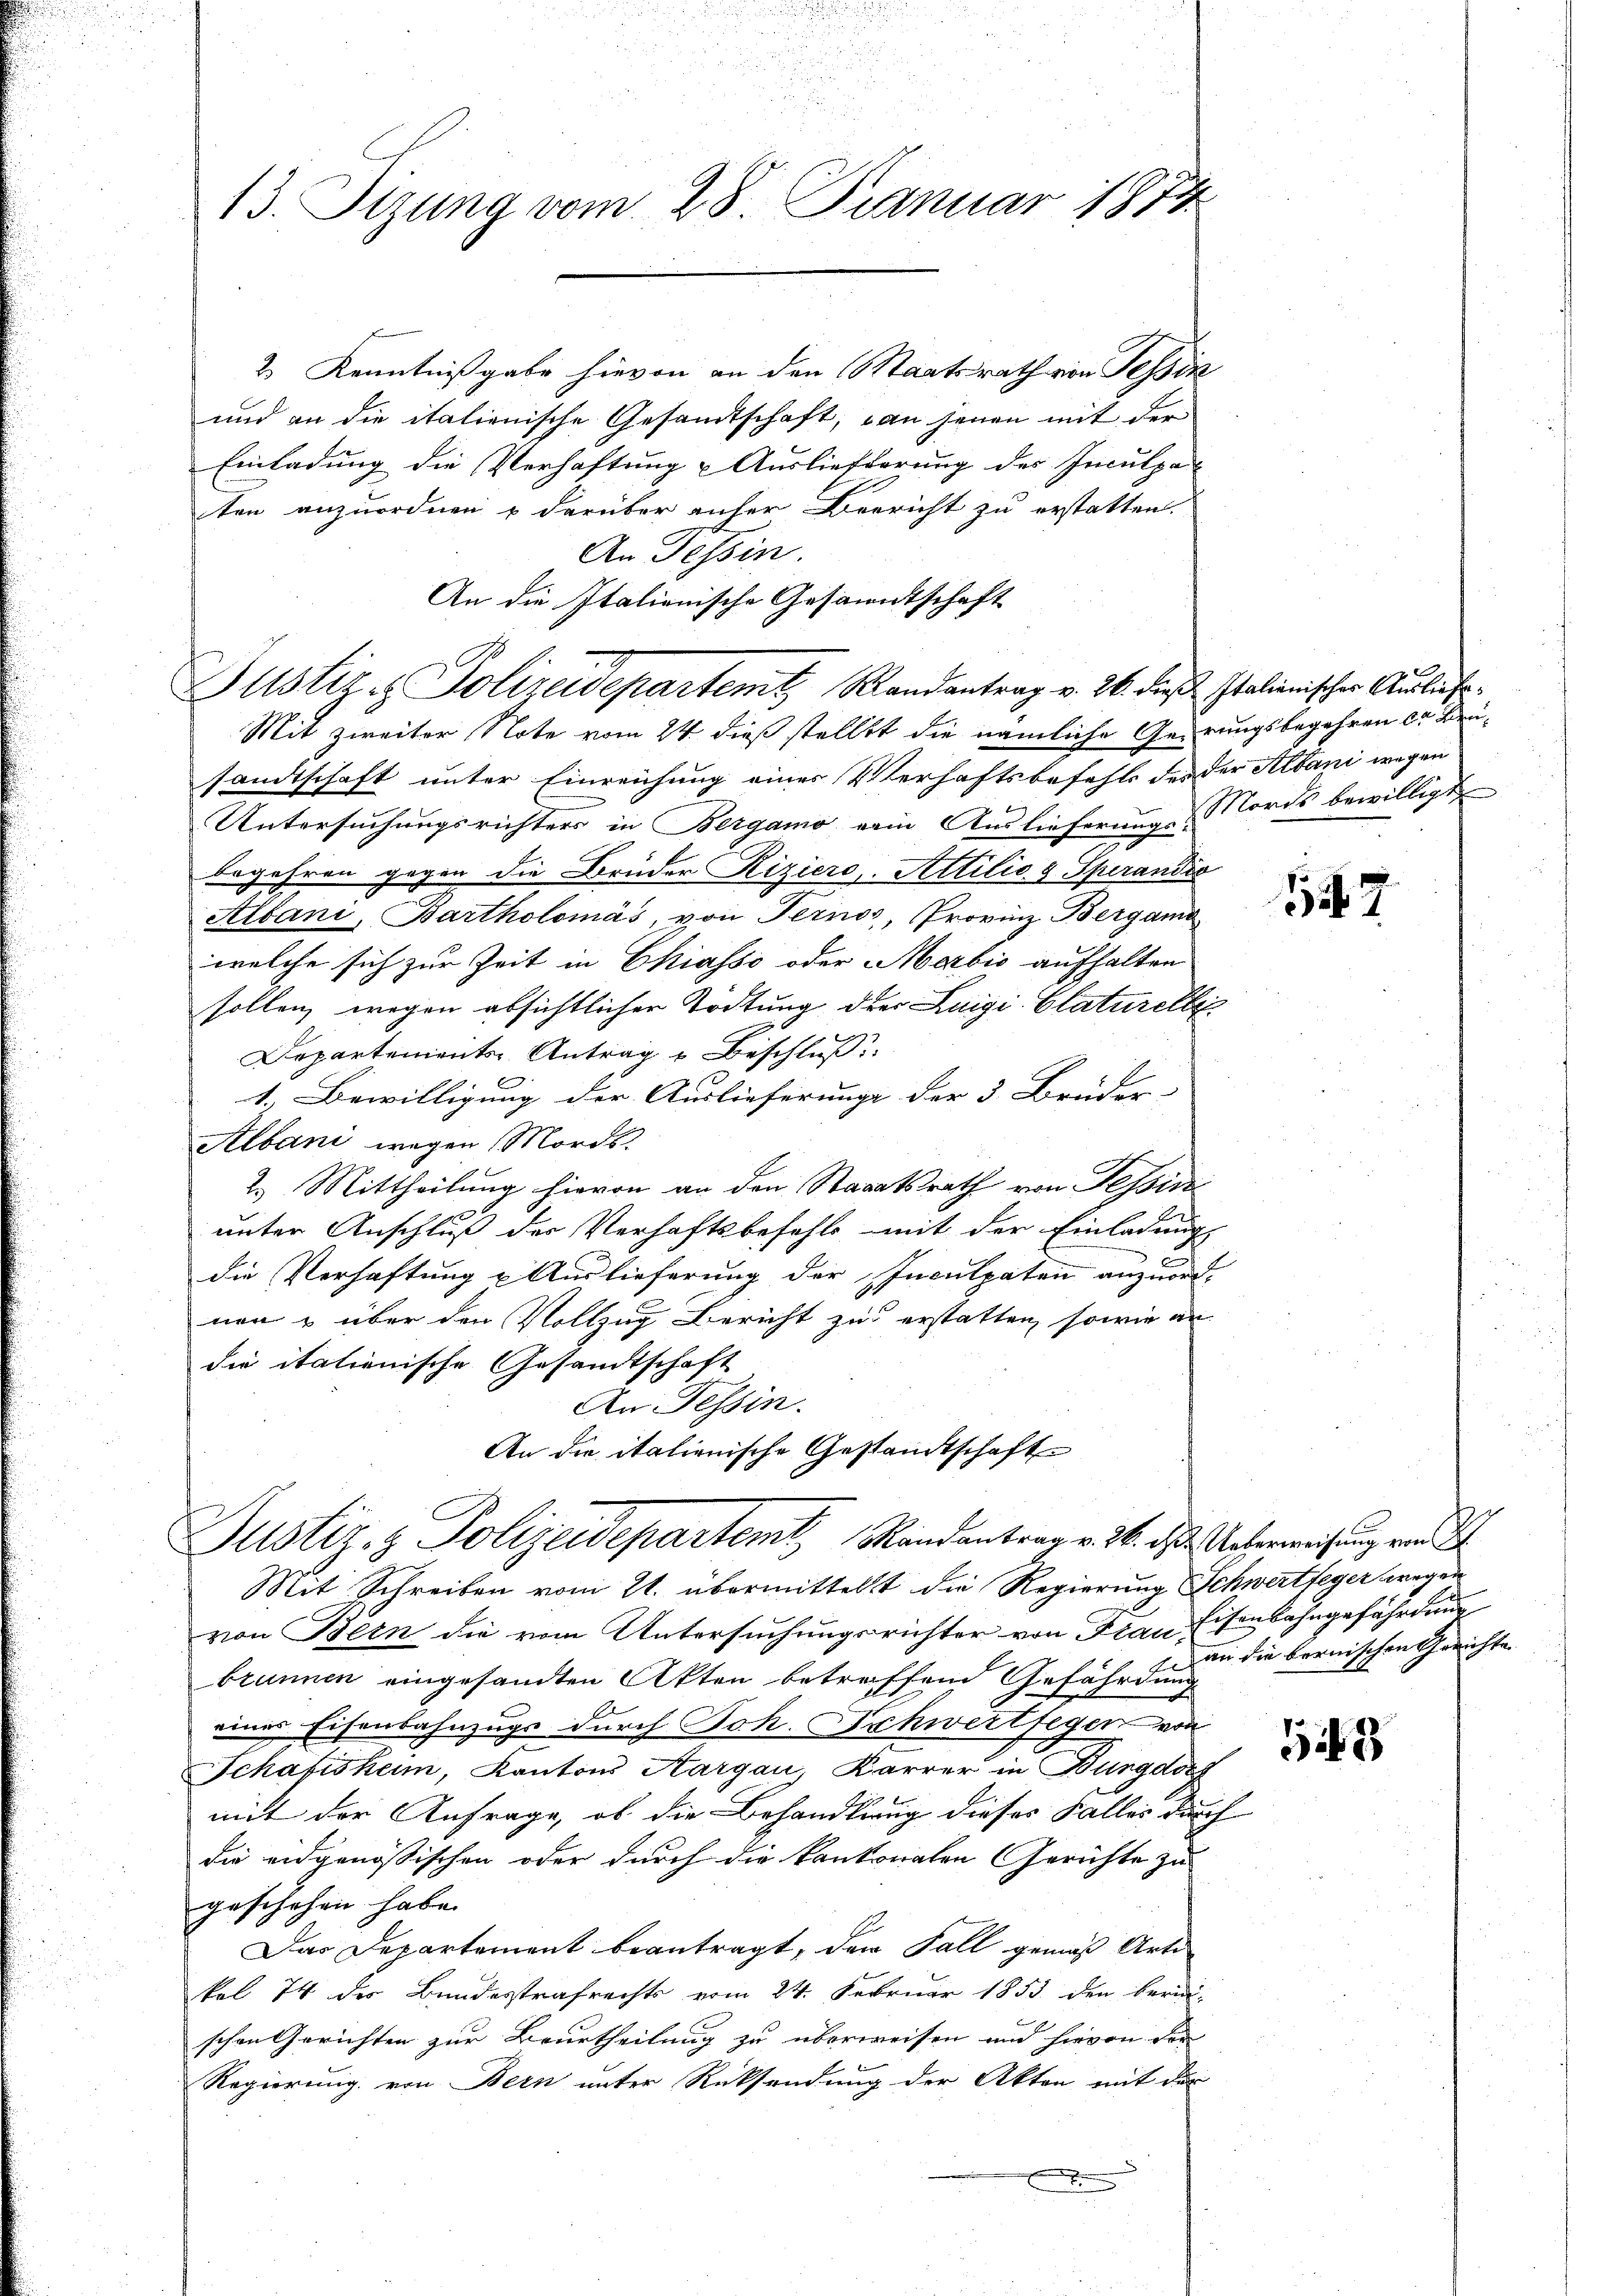
13. Sizung vom 28. Januar 1874

2 Kenntnißgabe hievon an den Staatsrath von Tessin
und an die italienische Gesandtschaft, an jenen mit der
Einladung die Verhaftung & Auslieferung des Inculpa-
ten anzuordnen u darüber anher Beericht zu erstatten.
An Tessin.
An die Italienische Gesanntschaft

Justiz & Polizeidepartemt, Randantrag v. 26. die Italienischer Ausliefe¬

Mit zweiter Note vom 24. dieß stellt die nämliche Gerungsbegehren da keisandtschaft unter Einreichung eines Verhaftsbefehls des der Altani wegen
Untersuchungsrichters in Bergamo vom Auslieferung Nords bewilligt
begehren gegen die Brüder Riziers, Attilio & Sperandis
Albani, Bartholomás, von Pernos, Provinz Bergamo
welche sich zur Zeit in Chiasso oder Marbić aufhalten
sollen, wegen absichtlicher Tödtung der Luigi Claturelle
Departements Antrag u Beschluß
1.) Bewilligung der Auslieferunge der 3. Brüder- |
Albani wegen Mords
2.) Mittheilung hievon an den Staaatsrath von Tessin
unter Anschluß der Verhaftsbefehls mit der Einladung
die Verhaftung u Auslieferung der Inculpaten anzuordnen & über den Vollzug Bericht zu erstatten, sowie an
die italienische Gesandtschaft
An Tessin.
An die italienische Gestandtschaft

Justiz- & Polizeidepartem Randantrag v. 26. das Unterweisung von d

Mit Schreiben vom 21. übermittelt die Regierung Schwertfeger wegen
von Bern die vom Untersuchungsrichter von Frau Eisenbahngefährdung
brunnen eingesandten Akten betreffend Gefährdung
eines Eisenbahnzugs durch Joh. Schwertfegen von
Schafisheim, Kantons Aargau, Karrer in Burgdorf
mit der Anfrage, ob die Behandlung dieses Falles durch
die eidgenößischen oder durch die kantonalen Gerichte zu
geschehen habe.
Das Departement beantragt, den Fall gemäß Arte
kel 74 des Bundesstrafrechts vom 24. Februar 1853 den beri
schen Gerichten zur Beurtheilung zu überweisen und hievon der
Regierung von Bern unter Rücksendung der Akten mit der

17

an die bernischen Gerichte

18